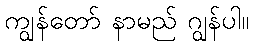
ကျွန်တော် နာမည် ဂျွန်ပါ။